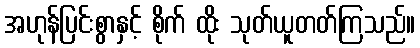
အဟုန်ပြင်းစွာနှင့် စိုက် ထိုး သုတ်ယူတတ်ကြသည်။